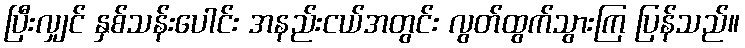
ပြီးလျှင် နှစ်သန်းပေါင်း အနည်းငယ်အတွင်း လွတ်ထွက်သွားကြ ပြန်သည်။